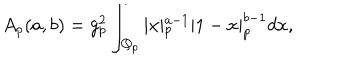
A _ { p } ( a , b ) = g _ { p } ^ { 2 } \int _ { { \bf Q } _ { p } } \vert x \vert _ { p } ^ { a - 1 } | 1 - x | _ { p } ^ { b - 1 } d x ,